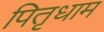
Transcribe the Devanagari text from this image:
पितृधाम